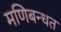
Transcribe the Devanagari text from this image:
मणिबन्धत